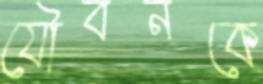
যৌবনকে